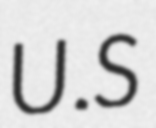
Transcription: U.S